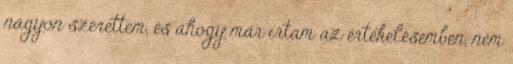
nagyon szerettem, és ahogy már írtam az értékelésemben, nem